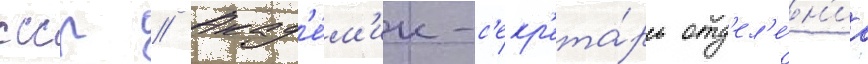
ссср // Акад'е́м'ик-с'екр'ета́рь отд'ел'е́н'иа